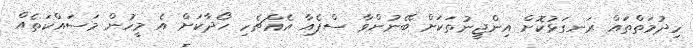
ހިދުމަތްތައް ރަނގަޅުކޮށް އިންޖީނުތަކަށް ބޭނުންވާ ސްޕެއާ އެއްޗެހި ހޯދާކަށް އެ މީހުން މަސައްކަތެއް